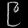
Digit: ၉